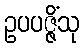
ဥပပဇ္ဇိံသု